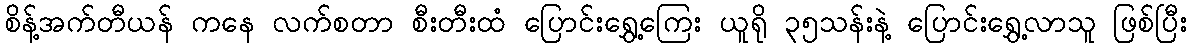
စိန့်အက်တီယန် ကနေ လက်စတာ စီးတီးထံ ပြောင်းရွှေ့ကြေး ယူရို ၃၅သန်းနဲ့ ပြောင်းရွှေ့လာသူ ဖြစ်ပြီး